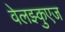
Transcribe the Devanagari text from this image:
वेलझ्कुएज